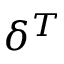
\delta ^ { T }